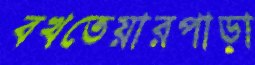
বখতেয়ারপাড়া